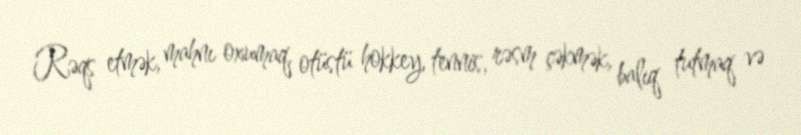
Rəqs etmək, mahnı oxumaq, otüstü hokkey, tennis, rəsm çəkmək, balıq tutmaq və